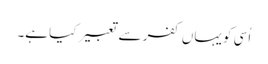
اُسی کو یہاں کفر سے تعبیر کیا ہے۔